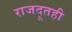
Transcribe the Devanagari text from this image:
राजदूतही